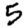
Digit: 5